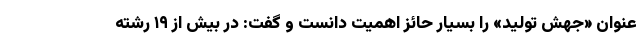
عنوان «جهش تولید» را بسیار حائز اهمیت دانست و گفت: در بیش از ۱۹ رشته